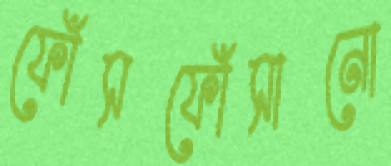
ফোঁসফোঁসানো